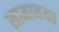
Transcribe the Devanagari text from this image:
सामानयत